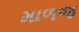
માળજ